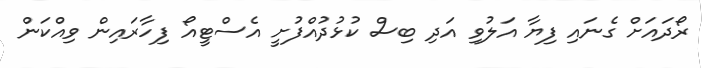
ރޯދައަށް ގެނައި ފިޔާ އަލުވި އަދި ބިސް ކުޅުދުއްފުށީ އެސްޓީއޯ ފިހާރައިން ވިއްކަން